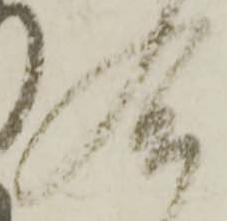
合